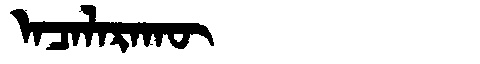
Manchu: ᠠᠴᠠᠯᠠᡵᠠᡴᡡ
Romanization: ACALARAKŪ